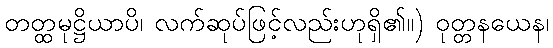
တတ္ထမုဋ္ဌိယာပိ၊ လက်ဆုပ်ဖြင့်လည်းဟုရှိ၏။) ဝုတ္တနယေန၊